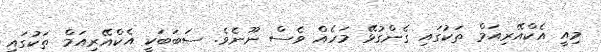
މިއީ އެކްއޭރިއަމް ތަކުގައި ގެންގުޅޭ މަހެއް ވެސް ނޫނެވެ. ސަބަބަކީ އެކްއޭރިއަމް ތަކުގައި